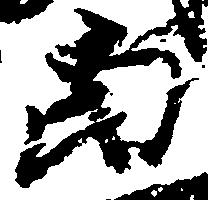
当